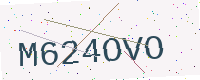
Text: M624OVO